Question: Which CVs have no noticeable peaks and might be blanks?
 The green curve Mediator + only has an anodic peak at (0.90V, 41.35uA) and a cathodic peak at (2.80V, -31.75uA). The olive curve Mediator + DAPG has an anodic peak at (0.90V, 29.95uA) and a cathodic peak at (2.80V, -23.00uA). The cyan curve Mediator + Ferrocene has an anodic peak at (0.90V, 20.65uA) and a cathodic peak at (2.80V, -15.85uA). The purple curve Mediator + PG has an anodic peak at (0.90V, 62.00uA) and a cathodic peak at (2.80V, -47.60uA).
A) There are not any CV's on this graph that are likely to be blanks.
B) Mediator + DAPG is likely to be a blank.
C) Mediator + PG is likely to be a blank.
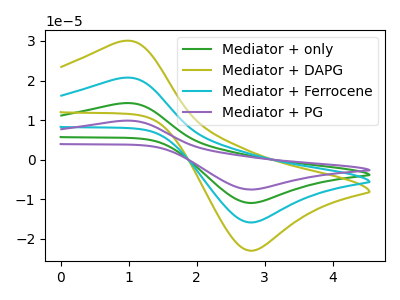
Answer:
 <answer>A) There are not any CV's on this graph that are likely to be blanks.</answer>
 <eval>A</eval>